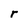
Character: r